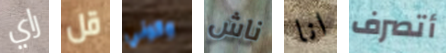
راي قل وكوني ناش انا أتصرف